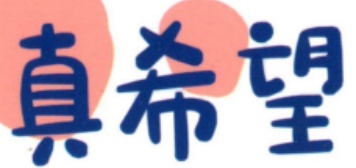
真希望